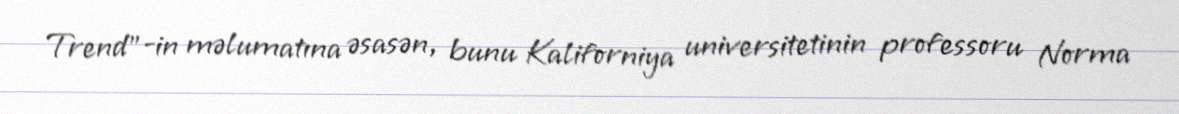
Trend"-in məlumatına əsasən, bunu Kaliforniya universitetinin professoru Norma